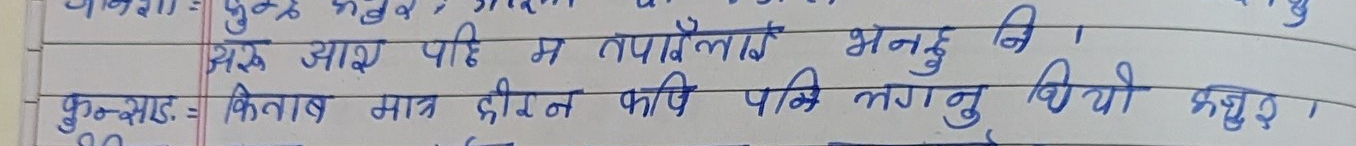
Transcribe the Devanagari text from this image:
अरु आएपछि म तपाइँलाई भन्नुहुने ।
कुम्भकर = किताब मात्र दीइन कवि पनि लगानु थियो प्रबुद्ध ।